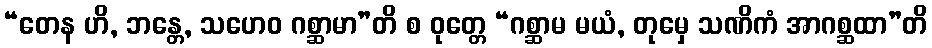
“တေန ဟိ, ဘန္တေ, သဟေဝ ဂစ္ဆာမာ”တိ စ ဝုတ္တေ “ဂစ္ဆာမ မယံ, တုမှေ သဏိကံ အာဂစ္ဆထာ”တိ